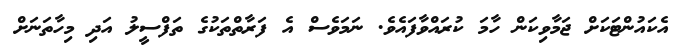
އެކައުންޓަކަށް ޖަމާވިކަން ހާމަ ކުރައްވާފައެވެ. ނަމަވެސް އެ ފަރާތްތަކުގެ ތަފްސީލު އަދި މިހާތަނަށް